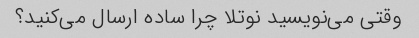
وقتی می‌نویسید نوتلا چرا ساده ارسال می‌کنید؟